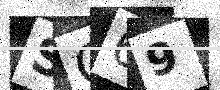
Text: SQ69